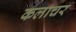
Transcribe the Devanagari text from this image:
कलाचर